画像に写った文字を読んでください
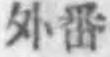
「外番」と書いてあります